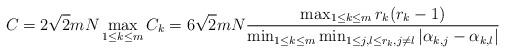
LaTeX: \begin{align*}C=2\sqrt{2}mN \max_{1\leq k\leq m} C_k=6\sqrt{2}mN \frac{\max_{1\leq k\leq m}r_k(r_k-1)}{\min_{1\leq k\leq m} \min_{1\leq j,l\leq r_k, j\neq l} |\alpha_{k,j}-\alpha_{k,l}|}\end{align*}